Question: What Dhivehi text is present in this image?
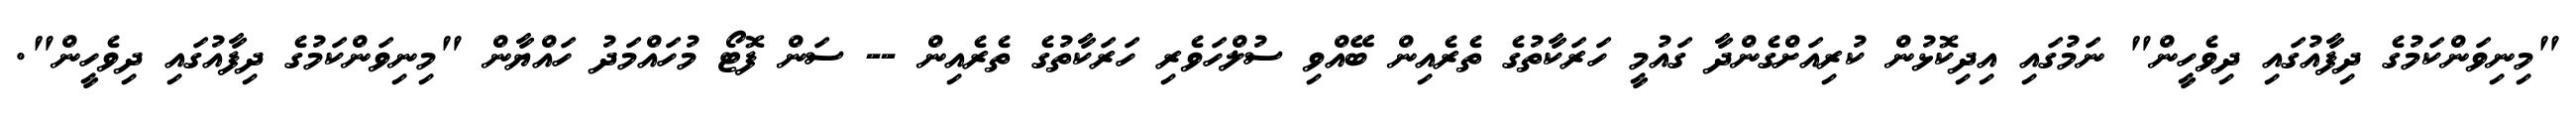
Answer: "މިނިވަންކަމުގެ ދިފާއުގައި ދިވެހީން" ނަމުގައި އިދިކޮޅުން ކުރިއަށްގެންދާ ގައުމީ ހަރަކާތުގެ ތެރެއިން ބޭއްވި ސުލްހަވެރި ހަރަކާތުގެ ތެރެއިން -- ސަން ފޮޓޯ މުހައްމަދު ހައްޔާން "މިނިވަންކަމުގެ ދިފާއުގައި ދިވެހީން".